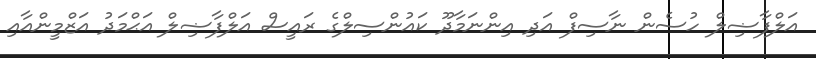
އަލްފާޟިލް ހުސެން ނާސިފް އަދި އިންނަމާދޫ ކައުންސިލްގެ ރައީސް އަލްފާޟިލް އަޙްމަދު އަޒްމީންއާއި